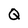
Character: Q